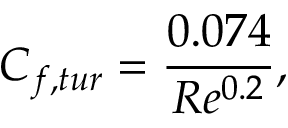
C _ { f , t u r } = { \frac { 0 . 0 7 4 } { R e ^ { 0 . 2 } } } ,